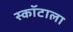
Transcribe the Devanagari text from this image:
स्कॉटाला